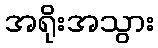
အရိုးအသွား